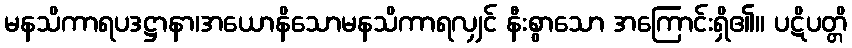
မနသိကာရပဒဋ္ဌာနာ၊အယောနိသောမနသိကာရလျှင် နီးစွာသော အကြောင်းရှိ၏။ ပဋိပတ္တိ